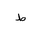
Letter: _da